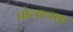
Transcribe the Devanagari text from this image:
पोलात्स्क